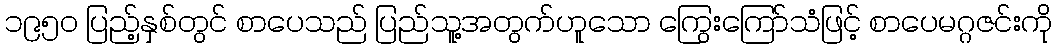
၁၉၅၀ ပြည့်နှစ်တွင် စာပေသည် ပြည်သူ့အတွက်ဟူသော ကြွေးကြော်သံဖြင့် စာပေမဂ္ဂဇင်းကို